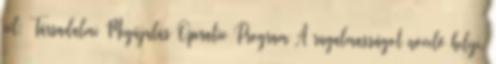
cél: Társadalmi Megújulás Operatív Program A rugalmasságot növelő helyi,